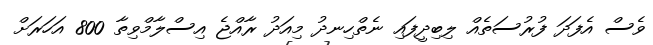
ވެސް އެފަދަ ފުރުސަތެއް ލިބިދީފައި ނެތްހިނދު މިއަދު ރާއްޖެ އިސްލާމްވިތާ 800 އަހަރަށް